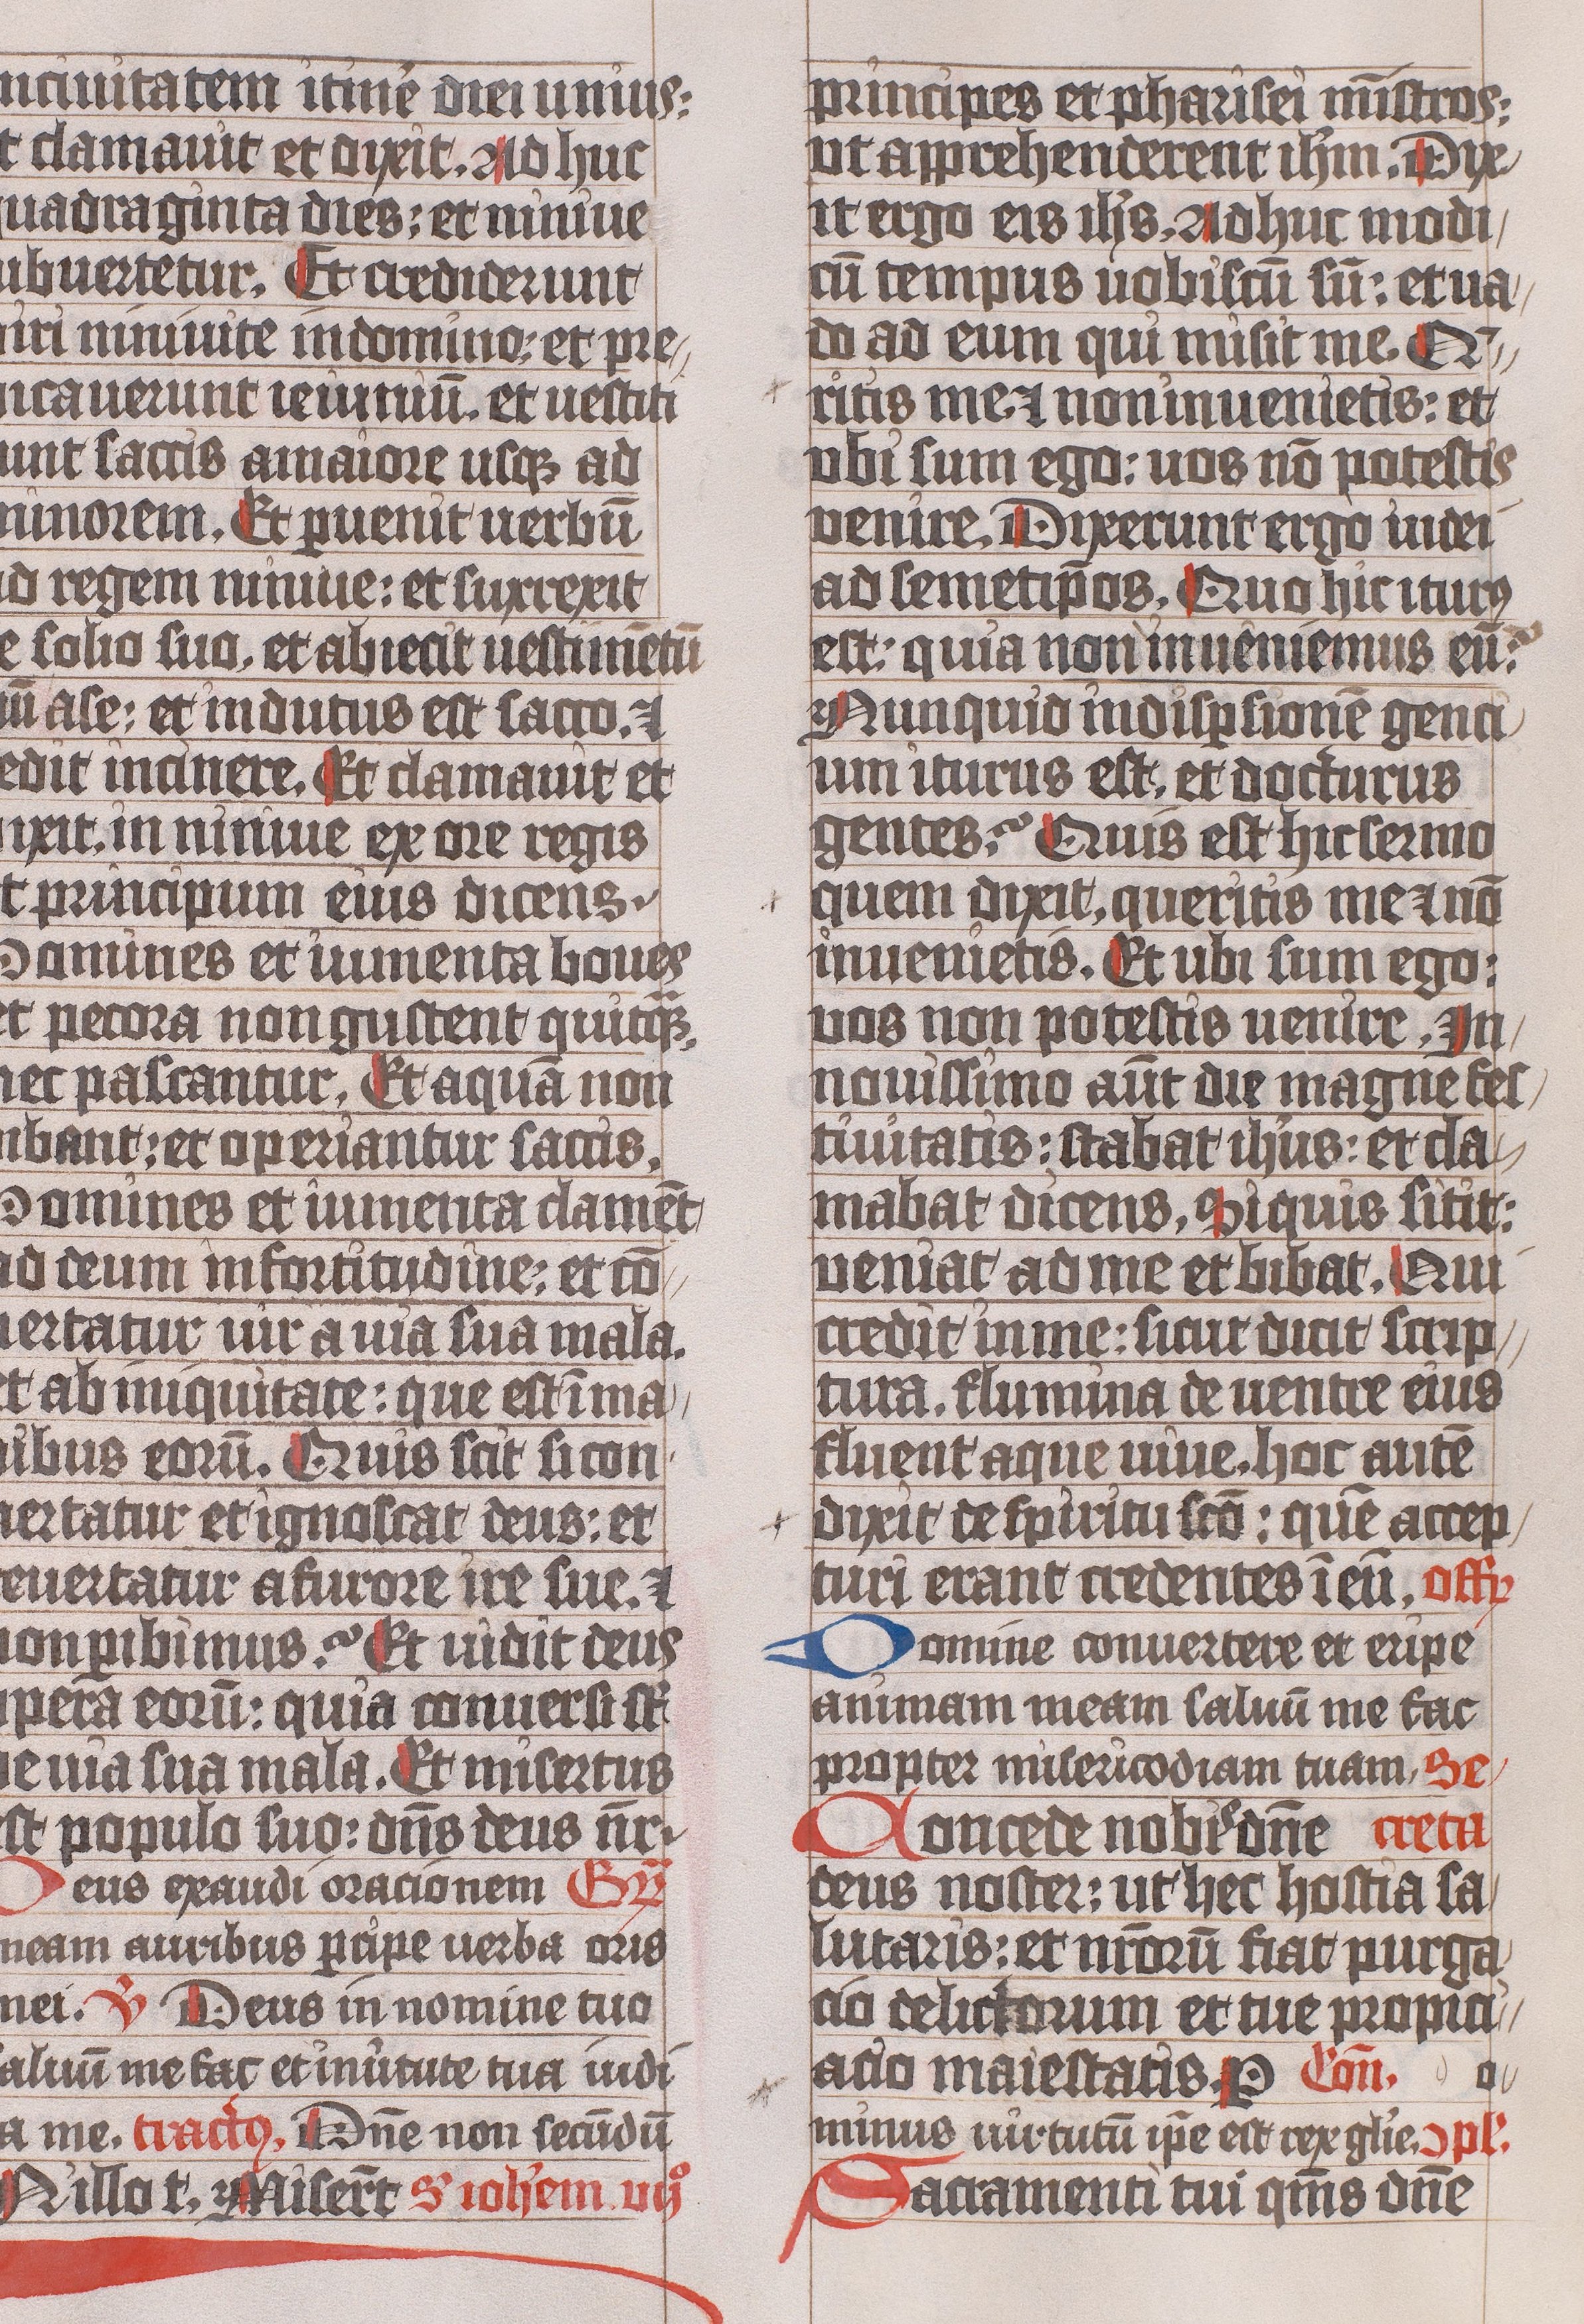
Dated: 1445–1475